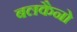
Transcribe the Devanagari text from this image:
बलकैनो